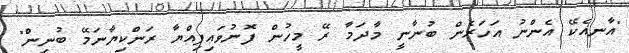
"އާނއެކޭ އެންނު އަހަރެން ބުނާނީ މާދަމާ ރޭ މީހުން ފޮނުވައިފިއްޔާ ރަންކިޔާނަމޭ ބުނިން"